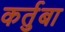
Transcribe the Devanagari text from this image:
कर्तुबा